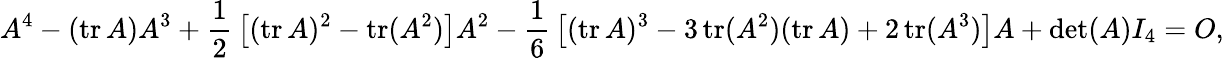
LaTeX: A^{4}-(\operatorname{tr}A)A^{3}+{\frac{1}{2}}\left[(\operatorname{tr}A)^{2}-\operatorname{tr}(A^{2})\right]A^{2}-{\frac{1}{6}}\left[(\operatorname{tr}A)^{3}-3\operatorname{tr}(A^{2})(\operatorname{tr}A)+2\operatorname{tr}(A^{3})\right]A+\operatorname*{det}(A)I_{4}=O,